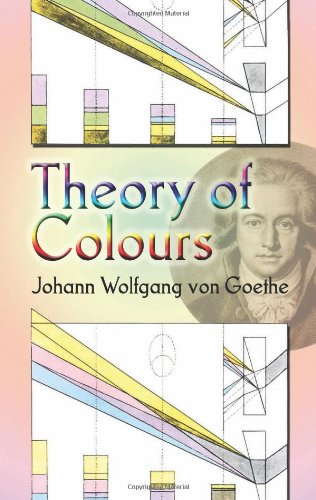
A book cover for Theory of Colours (Dover Fine Art, History of Art); Johann Wolfgang von Goethe; Science & Math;